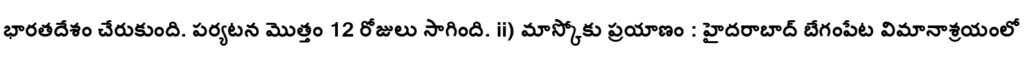
భారతదేశం చేరుకుంది. పర్యటన మొత్తం 12 రోజులు సాగింది. ii) మాస్కోకు ప్రయాణం : హైదరాబాద్ బేగంపేట విమానాశ్రయంలో